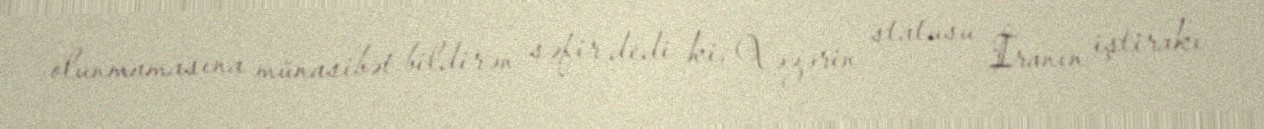
olunmamasına münasibət bildirən səfir dedi ki, Xəzərin statusu İranın iştirakı